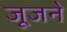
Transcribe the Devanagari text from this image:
जूजने